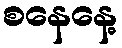
စနေနေ့